Annual statistical returns and brief notes on vaccination in Bengal - 1896-1909
Year: 1896
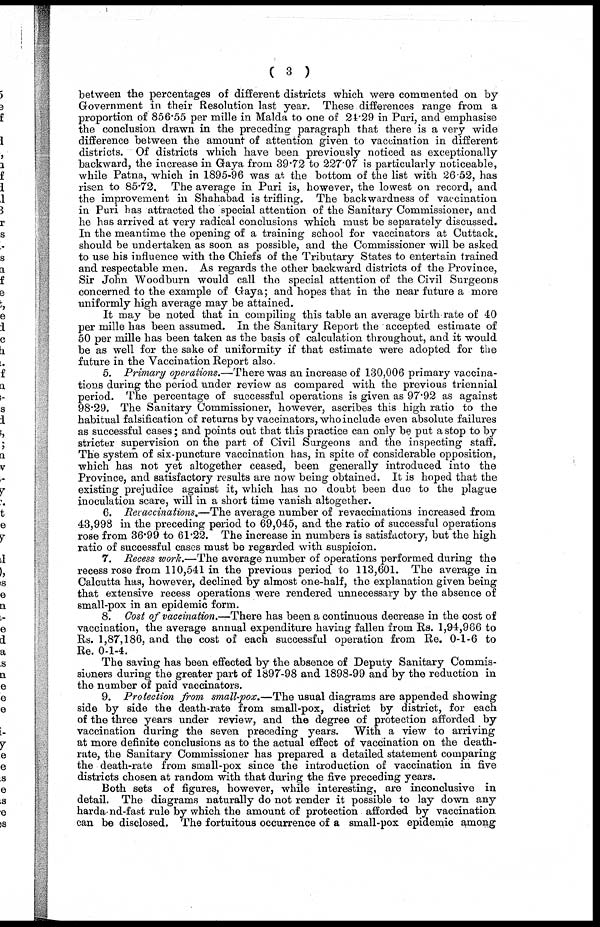
( 3 )
between the percentages of different districts which were commented on by
Government in their Resolution last year. These differences range from a
proportion of 856.55 per mille in Malda to one of 24.29 in Puri, and emphasise
the conclusion drawn in the preceding paragraph that there is a very wide
difference between the amount of attention given to vaccination in different
districts. Of districts which have been previously noticed as exceptionally
backward, the increase in Gaya from 39.72 to 227.07 is particularly noticeable,
while Patna, which in 1895-96 was at the bottom of the list with 26.52, has
risen to 85.72. The average in Puri is, however, the lowest on record, and
the improvement in Shahabad is trifling. The backwardness of vaccination
in Puri has attracted the special attention of the Sanitary Commissioner, and
he has arrived at very radical conclusions which must be separately discussed.
In the meantime the opening of a training school for vaccinators at Cuttack.
should be undertaken as soon as possible, and the Commissioner will be asked
to use his influence with the Chiefs of the Tributary States to entertain trained
and respectable men. As regards the other backward districts of the Province,
Sir John Woodburn would call the special attention of the Civil Surgeons
concerned to the example of Gaya; and hopes that in the near future a more
uniformly high average may be attained.
It may be noted that in compiling this table an average birth rate of 40
per mille has been assumed. In the Sanitary Report the accepted estimate of
50 per mille has been taken as the basis of calculation throughout, and it would
be as well for the sake of uniformity if that estimate were adopted for the
future in the Vaccination Report also.
5. Primary operations.—There was an increase of 130,006 primary vaccina-
tions during the period under review as compared with the previous triennial
period. The percentage of successful operations is given as 97.92 as against
98.29. The Sanitary Commissioner, however, ascribes this high ratio to the
habitual falsification of returns by vaccinators, who include even absolute failures
as successful cases; and points out that this practice can only be put a stop to by
stricter supervision on the part of Civil Surgeons and the inspecting staff.
The system of six-puncture vaccination has, in spite of considerable opposition,
which has not yet altogether ceased, been generally introduced into the
Province, and satisfactory results are now being obtained. It is hoped that the
existing prejudice against it, which has no doubt been due to the plague
inoculation scare, will in a short time vanish altogether.
6. Revaccinations.—The average number of revaccinations increased from
43,998 in the preceding period to 69,045, and the ratio of successful operations
rose from 36.99 to 61.22. The increase in numbers is satisfactory, but the high
ratio of successful cases must be regarded with suspicion.
7. Recess work.—The average number of operations performed during the
recess rose from 110,541 in the previous period to 113,601. The average in
Calcutta has, however, declined by almost one-half, the explanation given being
that extensive recess operations were rendered unnecessary by the absence of
small-pox in an epidemic form.
8. Cost of vaccination.—There has been a continuous decrease in the cost of
vaccination, the average annual expenditure having fallen from Rs. 1,94,966 to
Rs. 1,87,186, and the cost of each successful operation from Re. 0-1-6 to
Re. 0-1-4.
The saving has been effected by the absence of Deputy Sanitary Commis-
sioners during the greater part of 1897-98 and 1898-99 and by the reduction in
the number of paid vaccinators.
9. Protection from small-pox.—The usual diagrams are appended showing
side by side the death-rate from small-pox, district by district, for each
of the three years under review, and the degree of protection afforded by
vaccination during the seven preceding years. With a view to arriving
at more definite conclusions as to the actual effect of vaccination on the death-
rate, the Sanitary Commissioner has prepared a detailed statement comparing
the death-rate from small-pox since the introduction of vaccination in five
districts chosen at random with that during the five preceding years.
Both sets of figures, however, while interesting, are inconclusive in
detail. The diagrams naturally do not render it possible to lay down any
harda nd-fast rule by which the amount of protection afforded by vaccination
can be disclosed. The fortuitous occurrence of a small-pox epidemic among